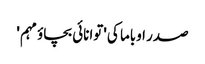
صدر اوباما کی 'توانائی بچاؤ مہم '